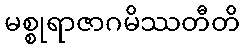
မစ္စုရာဇာဂမိဿတီတိ